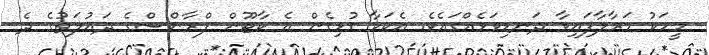
މީހަކު މަރާލާފައިވާ ދަނޑިވަޅެއްގައެވެ. އެކަމާ ގުޅިގެން އެ ކާޓޫން ފްރާންސްގެ ދައުލަތުގެ ދެ